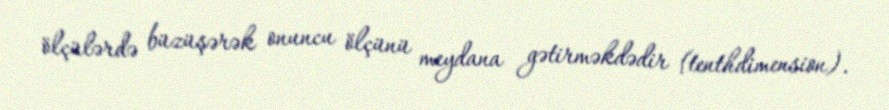
ölçülərdə büzüşərək onuncu ölçünü meydana gətirməkdədir (tenthdimension).